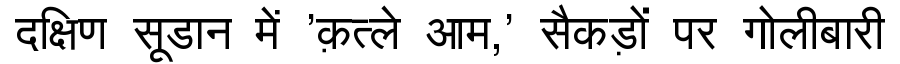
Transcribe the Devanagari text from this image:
दक्षिण सूडान में 'क़त्ले आम,' सैकड़ों पर गोलीबारी